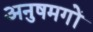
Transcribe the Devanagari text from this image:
अनुषमगों